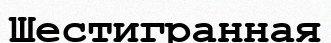
Шестигранная